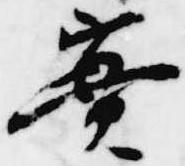
実